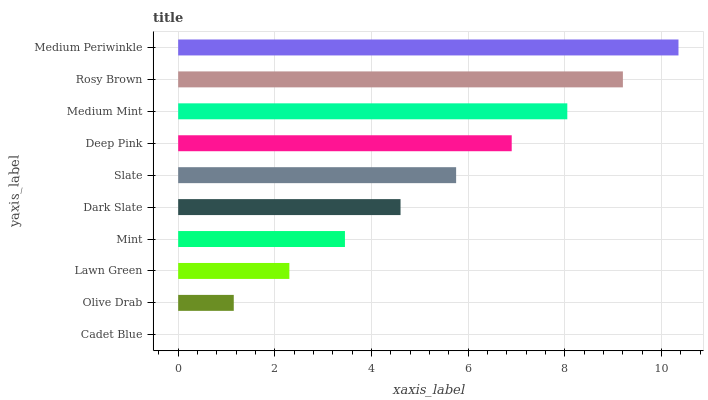
| yaxis_label | bars |
 | --- | --- |
 | Cadet Blue | 0 |
 | Olive Drab | 1.15 |
 | Lawn Green | 2.3 |
 | Mint | 3.45 |
 | Dark Slate | 4.6 |
 | Slate | 5.75 |
 | Deep Pink | 6.9 |
 | Medium Mint | 8.05 |
 | Rosy Brown | 9.2 |
 | Medium Periwinkle | 10.4 |